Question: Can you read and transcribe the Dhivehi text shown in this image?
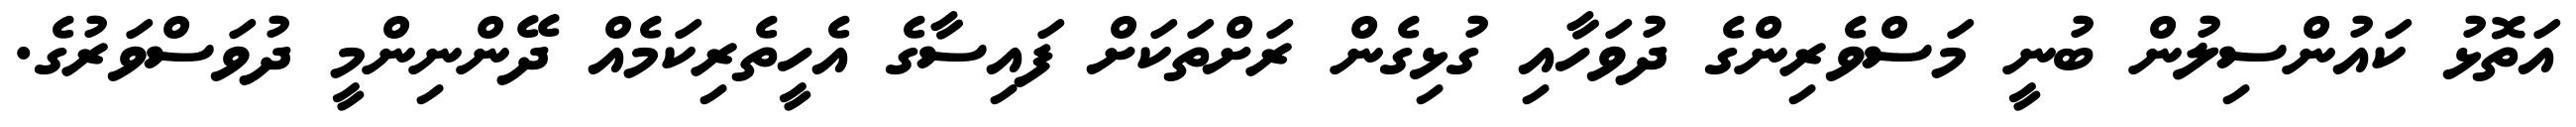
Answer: އަތޮޅު ކައުންސިލުން ބުނީ މަސްވެރިންގެ ދުވަހާއި ގުޅިގެން ރަށްތަކަށް ފައިސާގެ އެހީތެރިކަމެއް ދޭންނިންމީ ދުވަސްވަރުގެ.